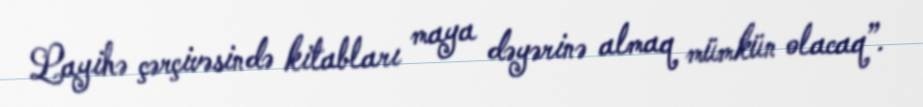
Layihə çərçivəsində kitabları maya dəyərinə almaq mümkün olacaq”.